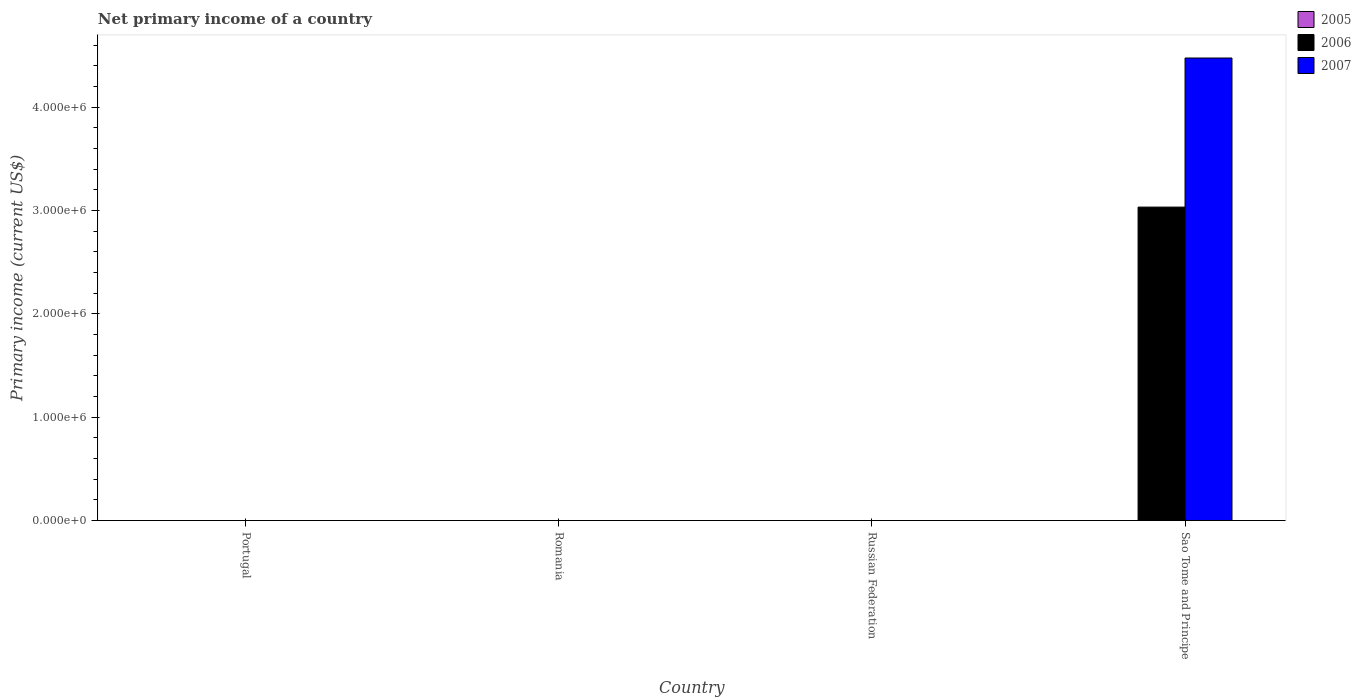
| Country | 2005 | 2006 | 2007 |
 | --- | --- | --- | --- |
 | Portugal | -2.8e+09 | -6.13e+09 | -7.25e+09 |
 | Romania | -2.9e+09 | -4.08e+09 | -5.66e+09 |
 | Russian Federation | -1.85e+10 | -2.88e+10 | -2.88e+10 |
 | Sao Tome and Principe | -2.93e+06 | 3.03e+06 | 4.47e+06 |